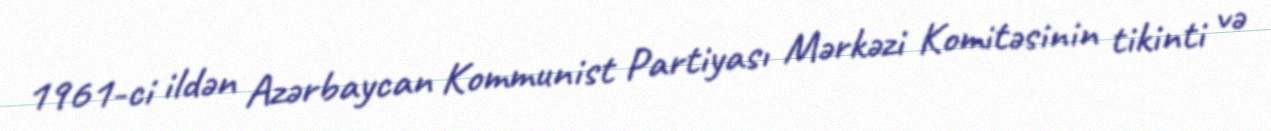
1961-ci ildən Azərbaycan Kommunist Partiyası Mərkəzi Komitəsinin tikinti və